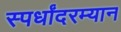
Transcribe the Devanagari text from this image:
स्पर्धांदरम्यान